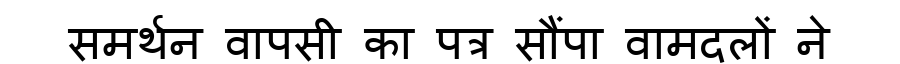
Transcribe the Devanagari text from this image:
समर्थन वापसी का पत्र सौंपा वामदलों ने